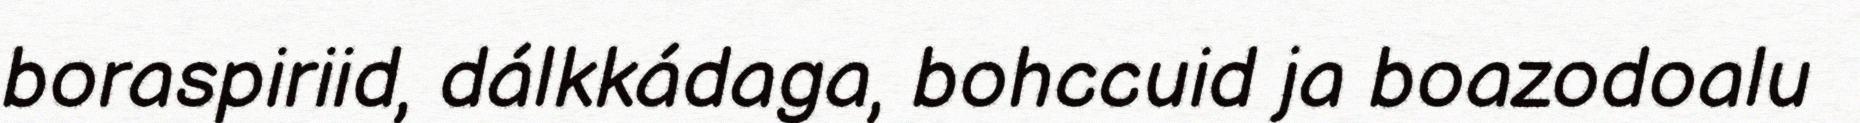
boraspiriid, dálkkádaga, bohccuid ja boazodoalu